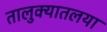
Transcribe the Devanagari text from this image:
तालुक्यातलया